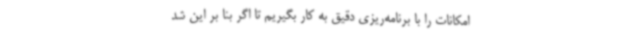
امکانات را با برنامه‌ریزی دقیق به کار بگیریم تا اگر بنا بر این شد